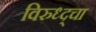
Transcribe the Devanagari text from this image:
विरुध्द्चा